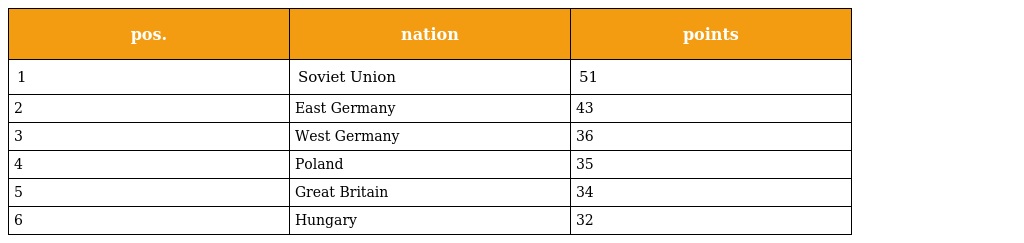
| pos. | nation | points |
 | --- | --- | --- |
 | 1 | Soviet Union | 51 |
 | 2 | East Germany | 43 |
 | 3 | West Germany | 36 |
 | 4 | Poland | 35 |
 | 5 | Great Britain | 34 |
 | 6 | Hungary | 32 |